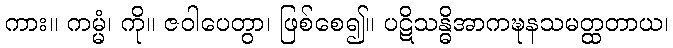
ကား။ ကမ္မံ၊ ကို။ ဇဝါပေတွာ၊ ဖြစ်စေ၍။ ပဋိသန္ဓိအာကဍ္ဎနသမတ္ထတာယ၊